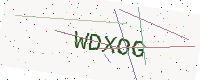
Text: WDXOG